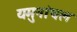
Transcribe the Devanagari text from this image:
यमुनांचल